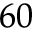
^ { 6 0 }